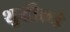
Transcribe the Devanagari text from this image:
शुद्धीकडे